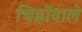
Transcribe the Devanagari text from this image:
चिह्नोंवाले